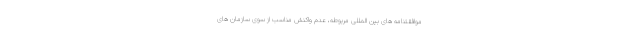
موافقتنامه های بین المللی مربوطه، عدم واکنش مناسب از سوی سازمان های